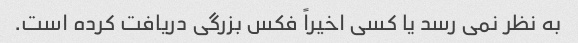
به نظر نمی رسد یا کسی اخیراً فکس بزرگی دریافت کرده است.